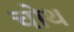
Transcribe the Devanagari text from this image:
चोथ